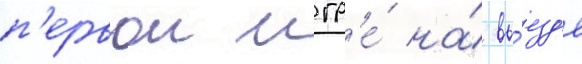
п'ервои игр'е́ на́ вы́езд'е